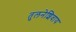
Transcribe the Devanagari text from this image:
तुलनेशिवाय